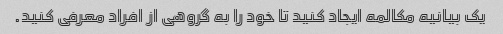
یک بیانیه مکالمه ایجاد کنید تا خود را به گروهی از افراد معرفی کنید.